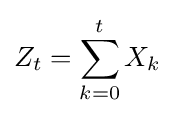
Z_{t}=\sum _{k=0}^{t}X_{k}